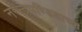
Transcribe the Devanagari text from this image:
नरेन्द्रपण्डिताच्या